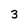
Character: 3